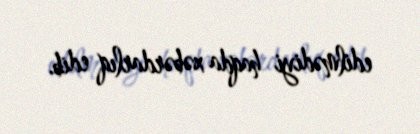
edilmədiyi haqda xəbərdarlıq edib.